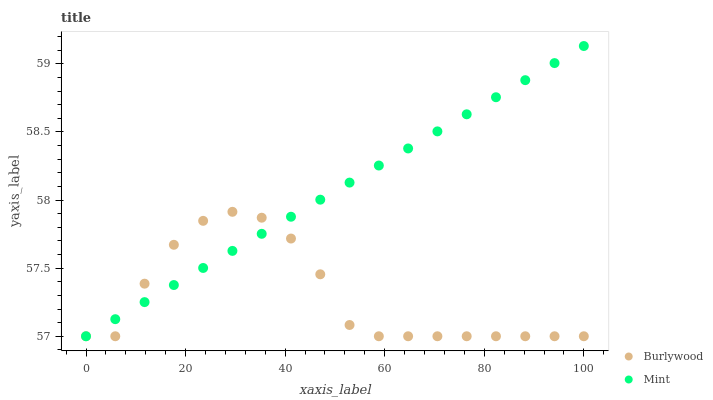
| xaxis_label | Burlywood | Mint |
 | --- | --- | --- |
 | 0 | 57 | 57 |
 | 5.88 | 57 | 57.1 |
 | 11.8 | 57.4 | 57.3 |
 | 17.6 | 57.7 | 57.4 |
 | 23.5 | 57.8 | 57.5 |
 | 29.4 | 57.9 | 57.6 |
 | 35.3 | 57.9 | 57.8 |
 | 41.2 | 57.7 | 57.9 |
 | 47.1 | 57.5 | 58 |
 | 52.9 | 57.1 | 58.1 |
 | 58.8 | 57 | 58.3 |
 | 64.7 | 57 | 58.4 |
 | 70.6 | 57 | 58.5 |
 | 76.5 | 57 | 58.6 |
 | 82.4 | 57 | 58.8 |
 | 88.2 | 57 | 58.9 |
 | 94.1 | 57 | 59 |
 | 100 | 57 | 59.1 |